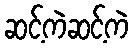
ဆင့်ကဲဆင့်ကဲ